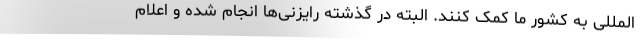
المللی به کشور ما کمک کنند. البته در گذشته رایزنی‌ها انجام شده و اعلام